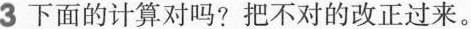
3下面的计算对吗?把不对的改正过来。